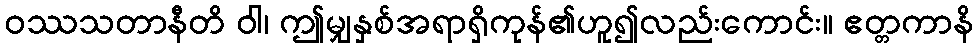
ဝဿသတာနီတိ ဝါ၊ ဤမျှနှစ်အရာရှိကုန်၏ဟူ၍လည်းကောင်း။ ဧတ္တကာနိ